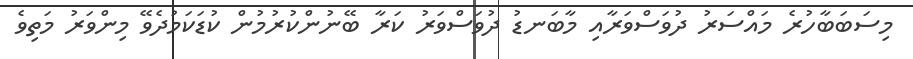
މިސަބަބާހުރެ މައްސަރު ދުވަސްވަރާއި މާބަނޑު ދުވަސްވަރު ކަރާ ބޭނުންކުރުމުން ކުޑަކަމުދެވޭ މިންވަރު މަތިވެ